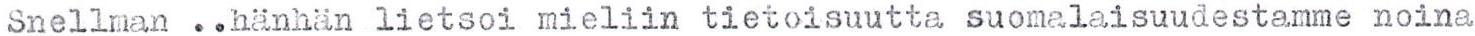
Snellman ..hänhän lietsoi mieliin tietoisuutta suomalaisuudestamme noina